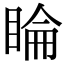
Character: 睔